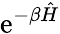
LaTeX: \mathrm{e}^{-\beta{\hat{H}}}